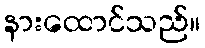
နားထောင်သည်။